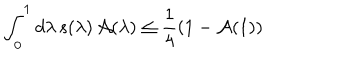
\int _ { 0 } ^ { 1 } d \lambda \, s ( \lambda ) \, \mathcal { A } ( \lambda ) \leq \frac { 1 } { 4 } ( 1 - \mathcal { A } ( 1 ) )